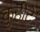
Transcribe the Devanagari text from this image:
कुहीटे